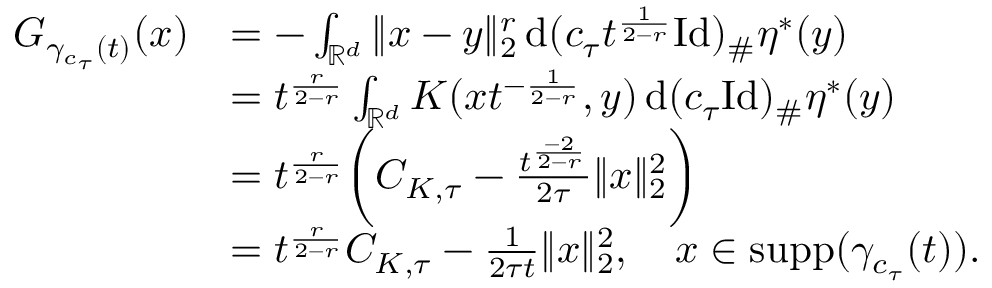
\begin{array} { r l } { G _ { \gamma _ { c _ { \tau } } ( t ) } ( x ) } & { = - \int _ { \mathbb { R } ^ { d } } \| x - y \| _ { 2 } ^ { r } \, \mathrm { d } ( c _ { \tau } t ^ { \frac { 1 } { 2 - r } } \mathrm { I d } ) _ { \# } \eta ^ { * } ( y ) } \\ & { = t ^ { \frac { r } { 2 - r } } \int _ { \mathbb { R } ^ { d } } K ( x t ^ { - \frac { 1 } { 2 - r } } , y ) \, \mathrm { d } ( c _ { \tau } \mathrm { I d } ) _ { \# } \eta ^ { * } ( y ) } \\ & { = t ^ { \frac { r } { 2 - r } } \biggl ( C _ { K , \tau } - \frac { t ^ { \frac { - 2 } { 2 - r } } } { 2 \tau } \| x \| _ { 2 } ^ { 2 } \biggr ) } \\ & { = t ^ { \frac { r } { 2 - r } } C _ { K , \tau } - \frac { 1 } { 2 \tau t } \| x \| _ { 2 } ^ { 2 } , \quad x \in \mathrm { s u p p } ( \gamma _ { c _ { \tau } } ( t ) ) . } \end{array}